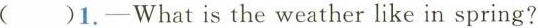
( )1.—What is the weather like in spring?